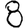
Digit: 8